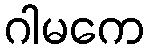
ဂါမကေ